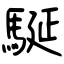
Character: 駳